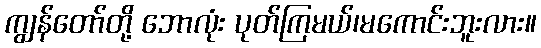
ကျွန်တော်တို့ ဘောလုံး ပုတ်ကြမယ်၊မကောင်းဘူးလား။